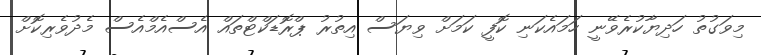
މިވަގުތު ހަދިޔާކުރެވޭނީ ހަމައެކަނި ކޮފީ ކަމަށް ވިޔަސް އިތުރު ޕްރޮޑަކްޓްތައް އެސްއެމްއެސް މެދުވެރިކޮށް